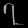
Digit: ၇